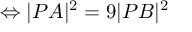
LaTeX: \Leftrightarrow | P A | ^ { 2 } = 9 | P B | ^ { 2 }